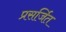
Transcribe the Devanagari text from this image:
प्रसर्जित